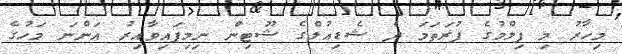
މިހާރު މި ފިލްމުގެ ފުރަތަމަ ދެ ޝެޑިއުލްގެ ޝޫޓިން ނިމިފައިވާއިރު އަންނަ މަހުގެ